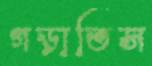
গড়াতিস